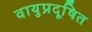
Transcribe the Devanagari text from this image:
वायुप्रदूषित